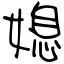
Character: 媳